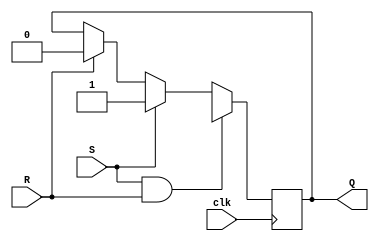
module srFlipFlop (
    input S,
    input R,
    input clk,
    output reg Q
);

always @(posedge clk) begin
    if (S & R) begin
        Q <= 1'bX; // unknown state
    end else if (S) begin
        Q <= 1'b1; // set to 1
    end else if (R) begin
        Q <= 1'b0; // set to 0
    end
end

endmodule